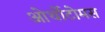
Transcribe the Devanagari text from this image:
ओर्थोटोमस